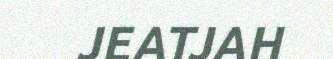
JEATJAH